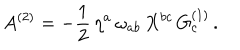
A ^ { ( 2 ) } = - { \frac { 1 } { 2 } } \, \eta ^ { a } \, \omega _ { a b } \, X ^ { b c } \, G _ { c } ^ { ( 1 ) } \, .